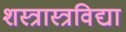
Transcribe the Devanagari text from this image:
शस्त्रास्त्रविद्या